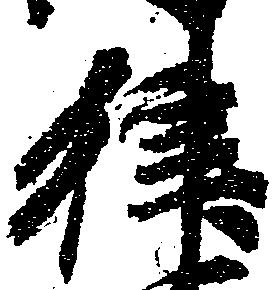
律